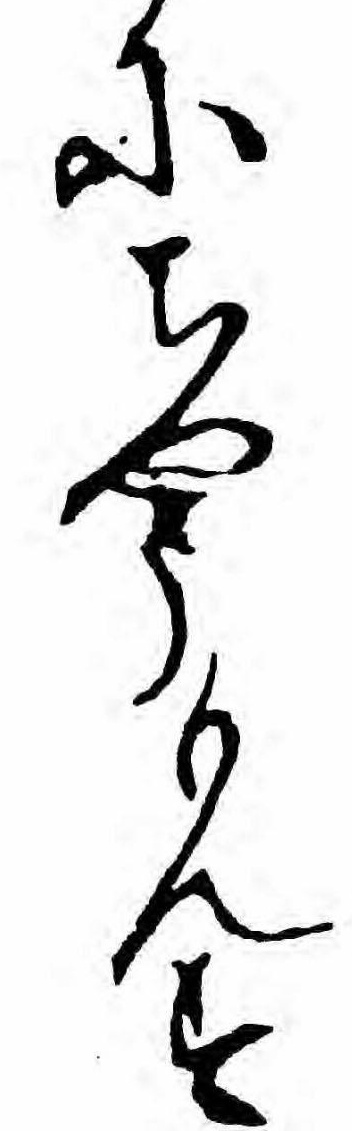
にちやうもんす